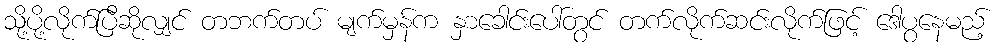
သို့ပို့လိုက်ပြီဆိုလျှင် တဘက်တပ် မျက်မှန်က နှာခေါင်းပေါ်တွင် တက်လိုက်ဆင်းလိုက်ဖြင့် ဒေါပွနေမည့်